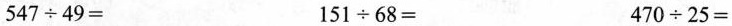
547\div49= 151\div68= 470\div25=